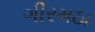
ગીરમઠા